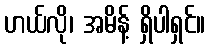
ဟယ်လို၊ အမိန့် ရှိပါရှင်။